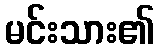
မင်းသား၏